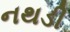
નથડી